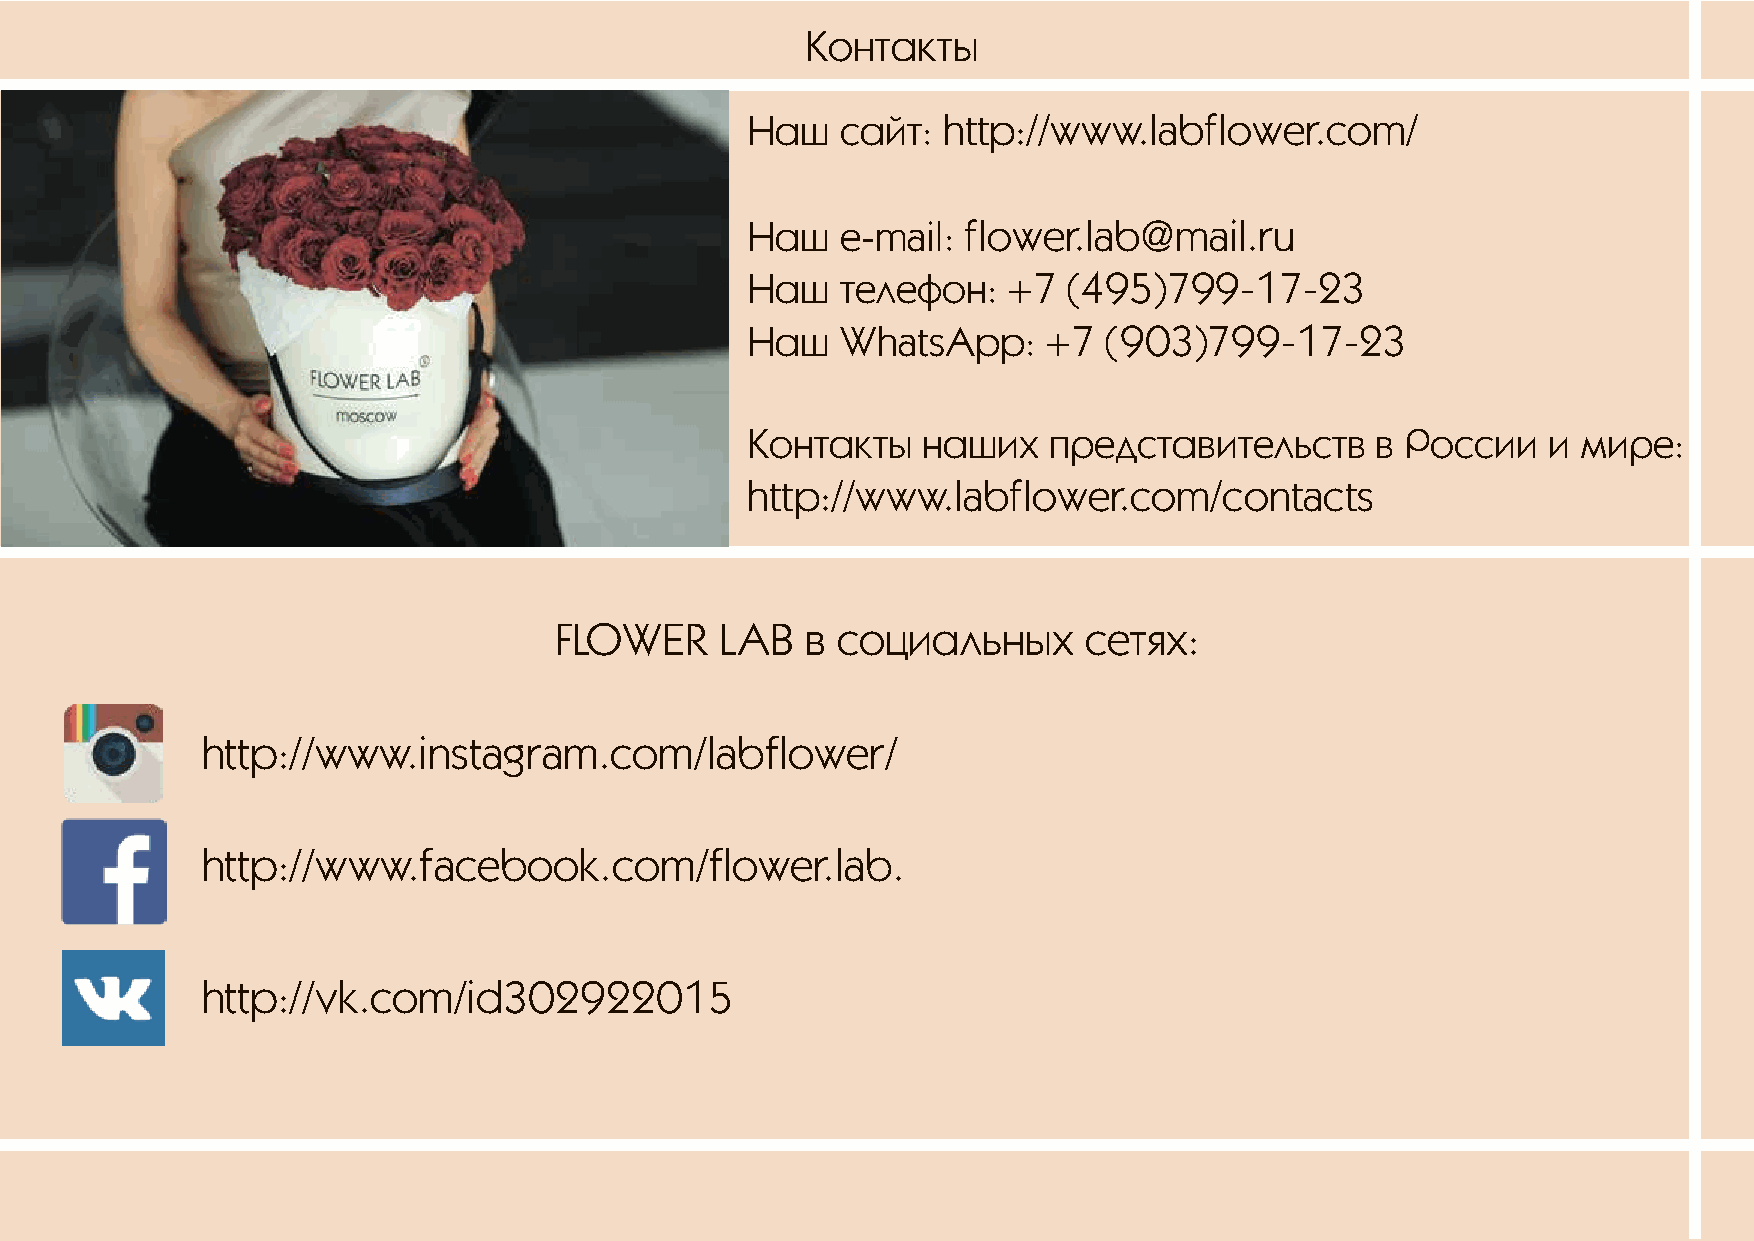
Контакты
 Наш    сайт: http://www.labflower.com/
 Наш    e-mail: flower.lab@mail.ru
 Наш    телефон:   +7  (495)799-17-23
 Наш    WhatsApp:    +7  (903)799-17-23
 Контакты    наших   представительств      в России    и мире:
 http://www.labflower.com/contacts
 FLOWER     LAB  в социальных       сетях:
 http://www.instagram.com/labflower/
 http://www.facebook.com/flower.lab.
 http://vk.com/id302922015